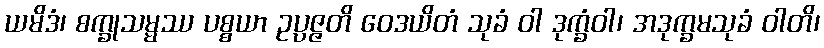
ယမိဒံ၊ စက္ခုသမ္မဿ ပစ္စယာ ဥပ္ပဇ္ဇတိ ဝေဒယိတံ သုခံ ဝါ ဒုက္ခံဝါ၊ အဒုက္ခမသုခံ ဝါတိ၊